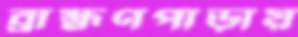
ব্রাহ্মণপাড়ায়